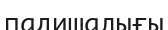
падишалығы